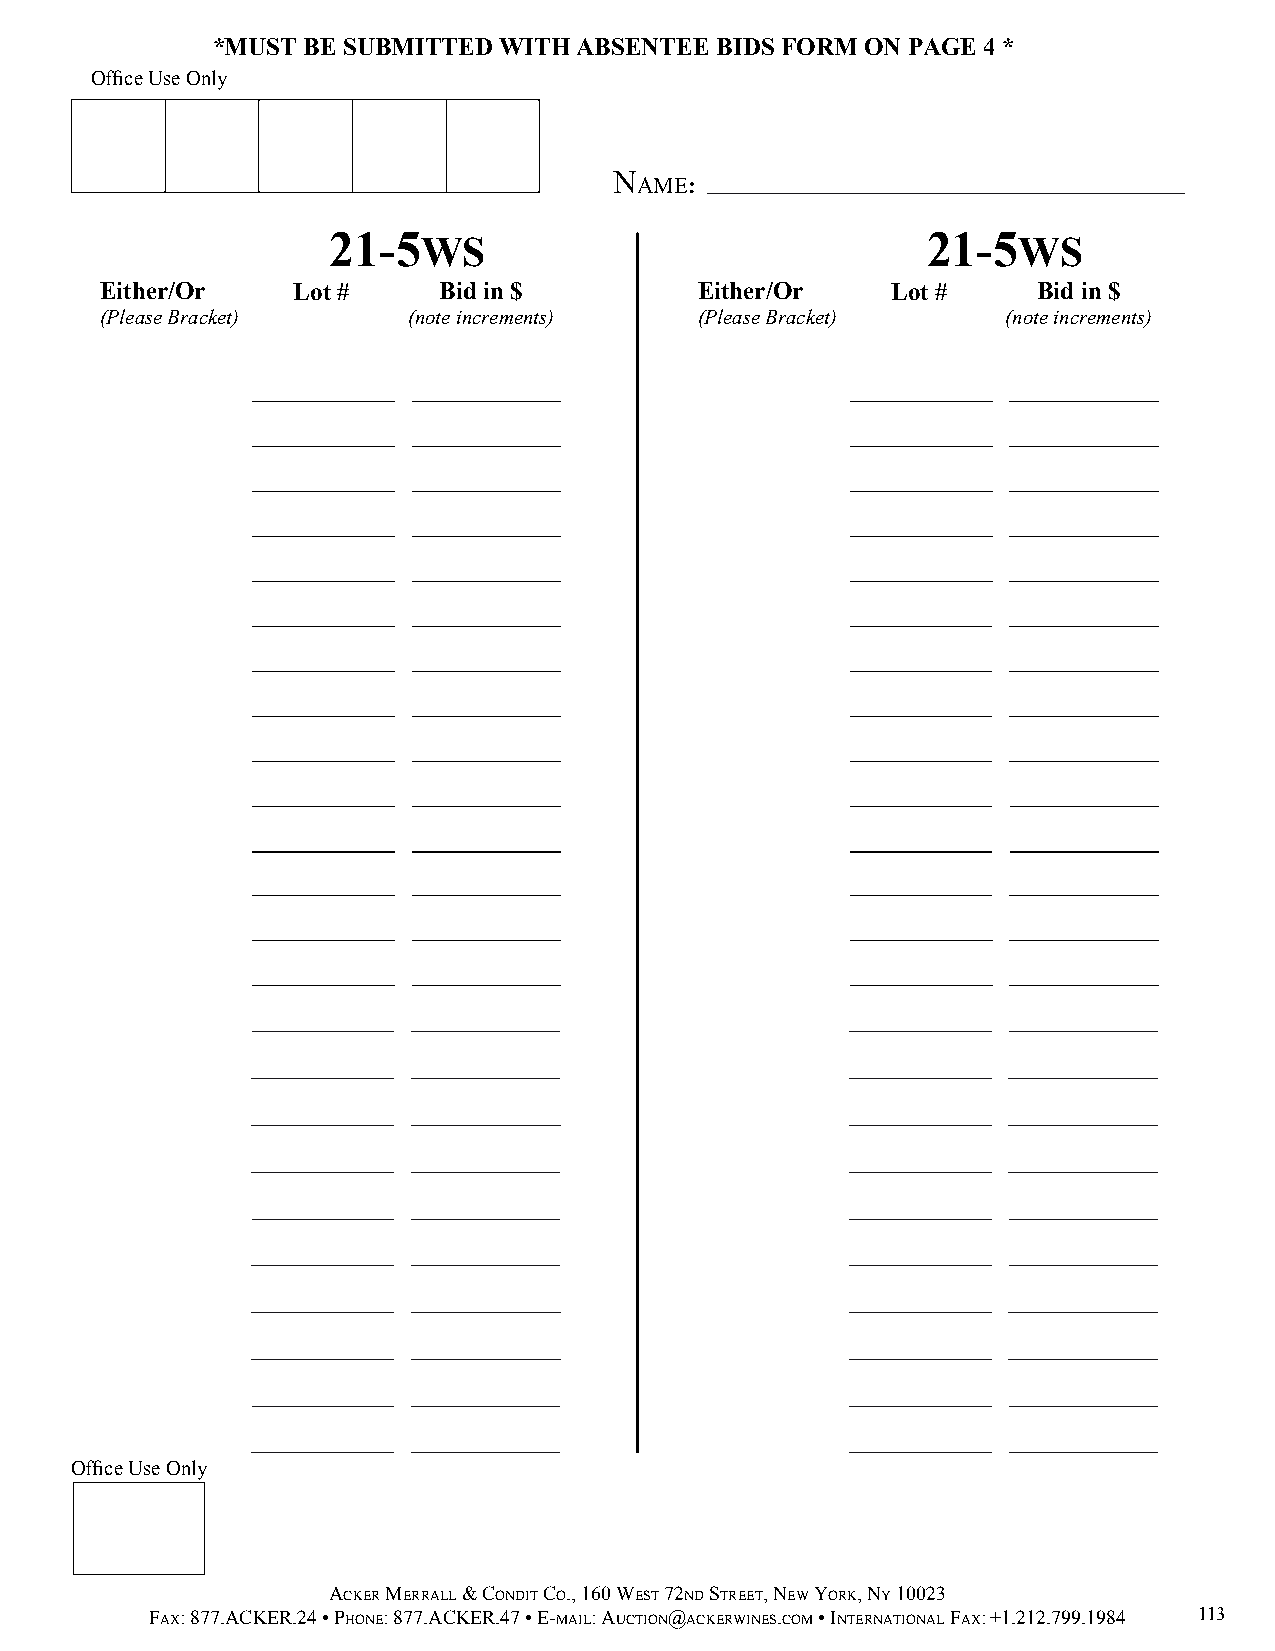
*MUST BE SUBMITTED WITH ABSENTEE BIDS FORM ON PAGE 4 *
 Office Use Only
 N
 AME:
 21-5WS                                 21-5WS
 Either/Or   Lot #     Bid in $         Either/Or    Lot #     Bid in $
 (Please Bracket)    (note increments)  (Please Bracket)     (note increments)
 Office Use Only
 AckeR meRRALL & condit co., 160 WeSt 72nd StReet, neW yoRk, ny 10023
 fAx: 877.AckeR.24 • phone: 877.AckeR.47 • e-mAiL: Auction@AckeRWineS.com • inteRnAtionAL fAx: +1.212.799.1984 113